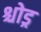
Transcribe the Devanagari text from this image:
श्चोड्र